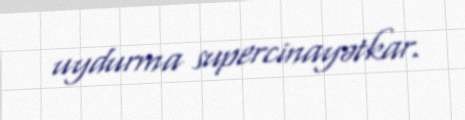
uydurma supercinayətkar.